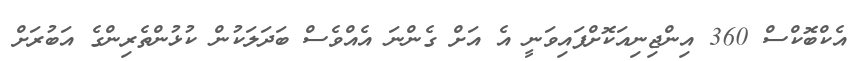
އެކްބޮކްސް 360 އިންޖިނިއަކޮށްފައިވަނީ އެ އަށް ގެންނަ އެއްވެސް ބަދަލަކުން ކުޅުންތެރިންގެ އަބުރަށް